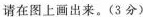
请在图上画出来。(3分)